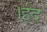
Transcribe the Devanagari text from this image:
।ईद